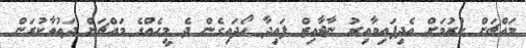
މައްޗަށް ކުރުމަށް އެދިފައިވާއިރު ނާޖާއިޒް ފައިދާ ހޯދައިގެން ދެ މީހެއްގެ މައްޗަށް ދައުވާކުރަން